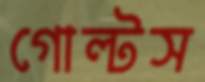
গোল্টস